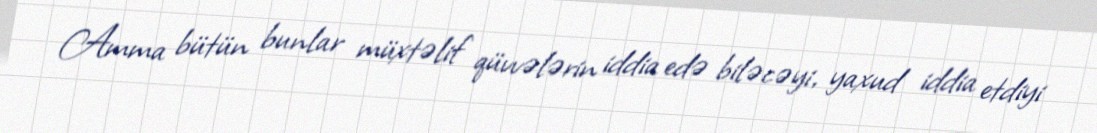
Amma bütün bunlar müxtəlif qüvvələrin iddia edə biləcəyi, yaxud iddia etdiyi